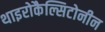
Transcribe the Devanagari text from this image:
थाइरोकैल्सिटोनीन